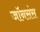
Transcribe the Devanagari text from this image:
जॉनसंस